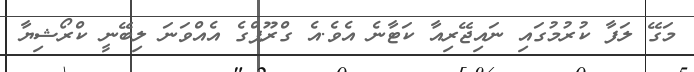
މަގޭ ލަފާ ކުރުމުގައި ނައިޖޭރިއާ ކަޓާނެ އެވެ.އެ ގްރޫޕްގެ އެއްވަނަ ލިބޭނީ ކްރޯޝިޔާ